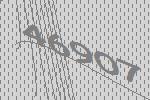
46907